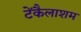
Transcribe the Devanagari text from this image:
टेंकैलाशम